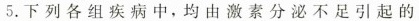
5.下列各组疾病中，均由激素分泌不足引起的